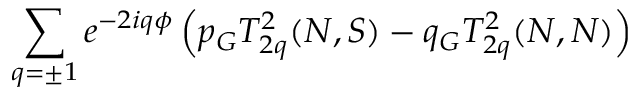
\sum _ { q = \pm 1 } e ^ { - 2 i q \phi } \left( p _ { G } T _ { 2 q } ^ { 2 } ( N , S ) - q _ { G } T _ { 2 q } ^ { 2 } ( N , N ) \right)